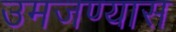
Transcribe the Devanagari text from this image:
उमजण्यास